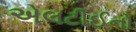
એલટીઈનો